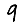
Digit: 9